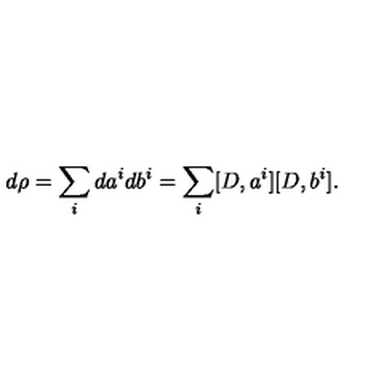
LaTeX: d \rho = \sum _ { i } d a ^ { i } d b ^ { i } = \sum _ { i } [ D , a ^ { i } ] [ D , b ^ { i } ] .